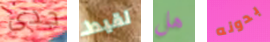
جدى لقيط هل بدونه